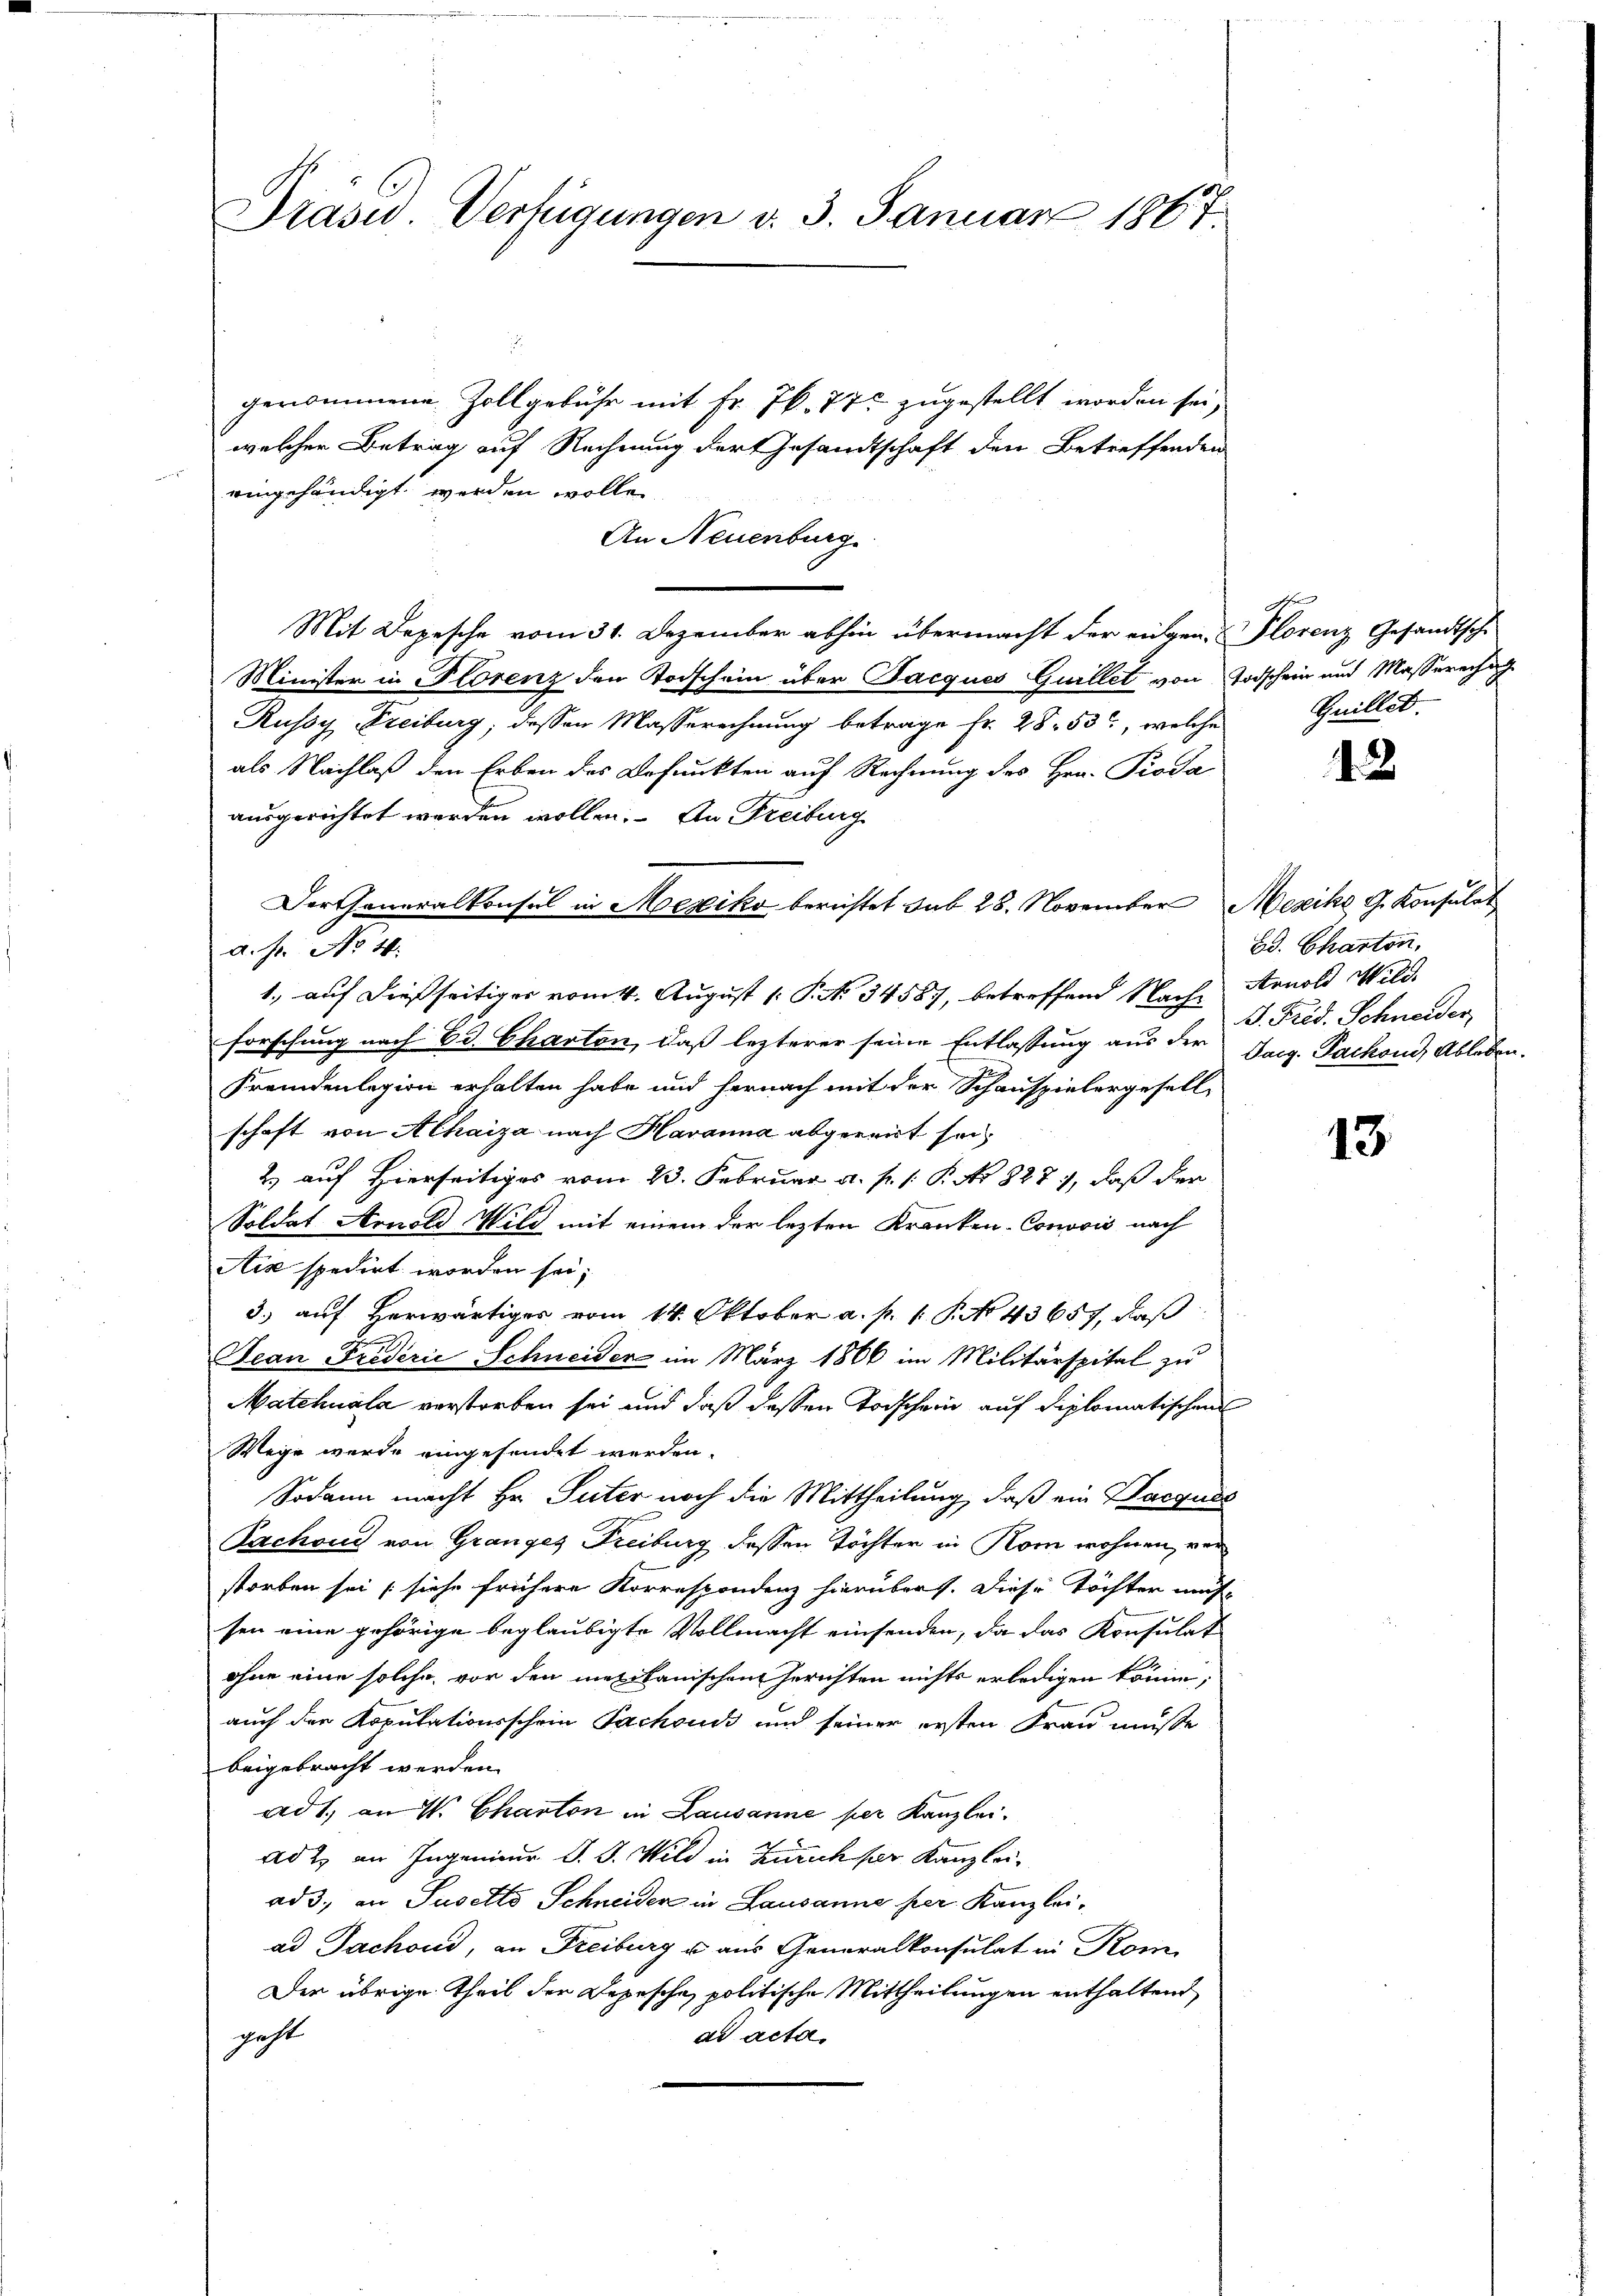
Präsid. Verfügungen d. 3. Januar 1867.

genommene Zollgebühr mit Fr. 7k. 77 zugestellt worden sei,
welcher Betrag auf Rechnung der Gesandtschaft den Betreffenden
eingehändigt werden wollen.
An Neuenburg
Mit Depesche vom 31. Dezember abhin übermacht der eigen. Plorenz Gesandtsche
Minister in Florenz den Todschein über Jacques Quillet von Todschein und Masserechung
Russy Freiburg, dessen Masserechnung betrage Fr. 28. 53, welche
als Nachlaß den Erben des Befunkten auf Rechnung des Hrn. Pioda
ausgerichtet werden wollen. An Freibung
1, auf dießseitiger vom 4. August 1. P. Nr. 34587, betreffend Nach Arnold Wildforschung nach Ed. Charton, daß lezterer seine Entlassung aus der Tag. Pachon, Ableben.
Fremdenlegion erhalten habe und hernach mit der Schauspielergesell-
schaft von Athaiza nach Havanna abgereit sei,
2) auf Hierseitiges vom 23. Februar a. p. 1. P. No 827), daß der
Soldat Arnold Wild mit einem der lezten Kranken-Convois nach
Ais spedirt worden sei;
3) auf herwärtiger vom 14. Oktober a. p. 1. P. No 43657, daß
Jean Friderie Schneider im März 1866 im Militärspital zu
Matchuala verstorben sei und daß dessen Todschein auf diplomatischens
Wege wurde eingesendet werden.
Sodann macht Hr. Suter noch die Mittheilung, daß ein Hacquis
Bachoud von Granges Freiburg dessen Töchter in Rom wohnen, verstorben sei (siehe frühere Korrespondenz hierüber. Diese Töchter mus
sen eine gehörige beglaubigte Vollmacht einsenden, da das Konsulat
ohne eine solche, vor den mexikanischen Gerichten nichts erledigen könne;
auch der Kopulationsschein Sachsuch und seiner ersten Frau müsse
beigebracht werden.
ad 1., an W. Charton in Lausanne per Kanzlei.
ad 2. an Ingenieur d. J. Wild in Zürich für Kanzlei-
ad 3., an Susetto Schneider in Lausanne per Kanzleiad Jachoud, an Freiburg u aus Generalkonsulat in Korn
Der übrige Theil der Depesche, politische Mittheilungen enthaltend
geht
ad acta.

Der Generalkonsul in Mesiko berichtet sub 28. November Mesiko G. Konsulat
a. Fr. No 4.

c
Guillet.

1

13

Bd. Charten,
J. Frid. Schneider